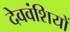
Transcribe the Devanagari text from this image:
देववंशियों